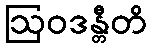
ဩဝဒန္တီတိ